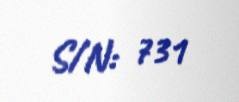
S/N: 731